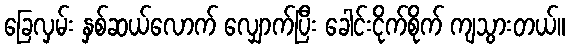
ခြေလှမ်း နှစ်ဆယ်လောက် လျှောက်ပြီး ခေါင်းငိုက်စိုက် ကျသွားတယ်။